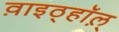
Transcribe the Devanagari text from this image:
व़ाइठ्हाॅल़्